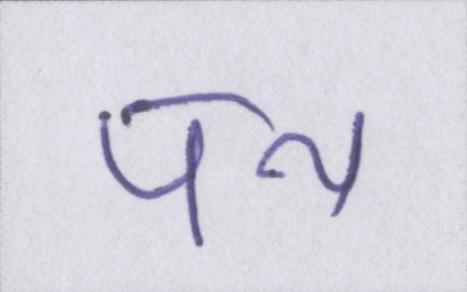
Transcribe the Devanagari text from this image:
पथ